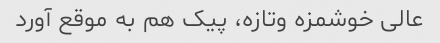
عالی خوشمزه وتازه، پیک هم به موقع آورد